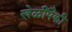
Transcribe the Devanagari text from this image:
खेळींपैकी